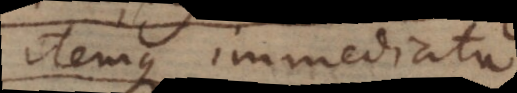
itemque immediata